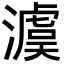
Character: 澞